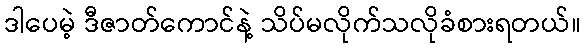
ဒါပေမဲ့ ဒီဇာတ်ကောင်နဲ့ သိပ်မလိုက်သလိုခံစားရတယ်။